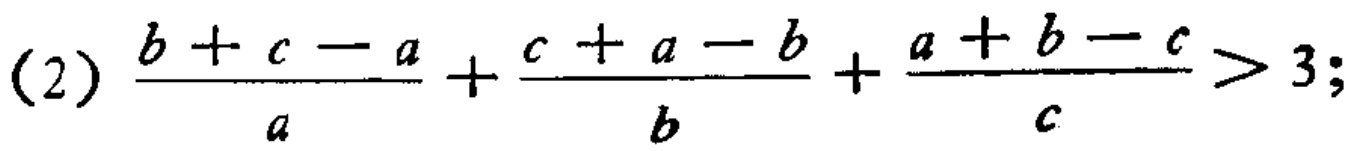
(2) \(\frac{b + c - a}{a}+\frac{c + a - b}{b}+\frac{a + b - c}{c}>3;\)